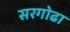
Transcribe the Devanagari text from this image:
सरगोढा